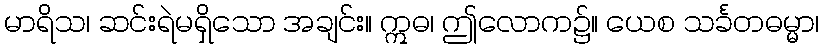
မာရိသ၊ ဆင်းရဲမရှိသော အချင်း။ ဣဓ၊ ဤလောက၌။ ယေစ သင်္ခတဓမ္မာ၊